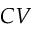
C V